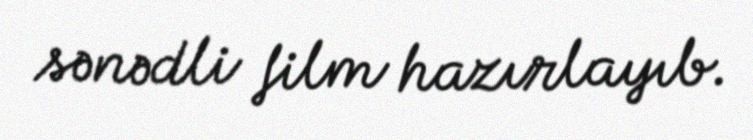
sənədli film hazırlayıb.